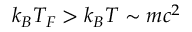
k _ { B } T _ { F } > k _ { B } T \sim m c ^ { 2 }